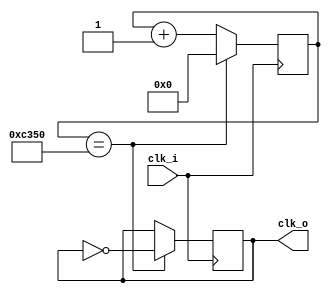
`timescale 1ns / 1ps
//////////////////////////////////////////////////////////////////////////////////
// Company: 
// Engineer: 
// 
// Design Name: 
// Module Name: clock_divider_1kHz
// Project Name: 
// Target Devices: 
// Tool Versions: 
// Description: 
// 
// Dependencies: 
// 
// Revision:
// Revision 0.01 - File Created
// Additional Comments:
// 
//////////////////////////////////////////////////////////////////////////////////


module clock_divider_1kHz(
    input clk_i,
    output reg clk_o
    );
    
    reg [17:0] divcount;
    
    parameter CHANGE = 'd50000;
    
    initial begin
        clk_o = 0;
        divcount = 0;
    end
    
    always @ (posedge clk_i) begin
        if(divcount == CHANGE)begin
            clk_o <= ~clk_o;
            divcount <= 0;
        end else begin
            divcount <= divcount + 1'b1;
        end
    end
endmodule